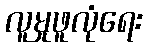
လူမှုဖူလုံရေး